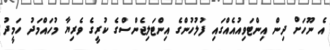
އެ ނޫހަށް ދިން އިންޓަވިއުއެއްގައި ފުލުހުންގެ އިންޓަލިޖެންސްގެ ކުރީގެ ވެރިޔާ މުހައްމަދު ހަމީދު